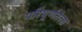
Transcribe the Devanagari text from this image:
परिपूर्णतेला